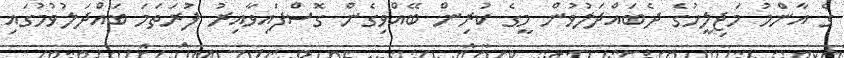
ގެ އާންމު މަޖިލީހުގެ ދެބައްދަލުވުން މީގެ ކުރިން ބޭއްވިގެން ގޮސްފައިވާއިރު ފުރަތަމަ ބައްދަލުވުމުގައި